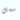
مسل